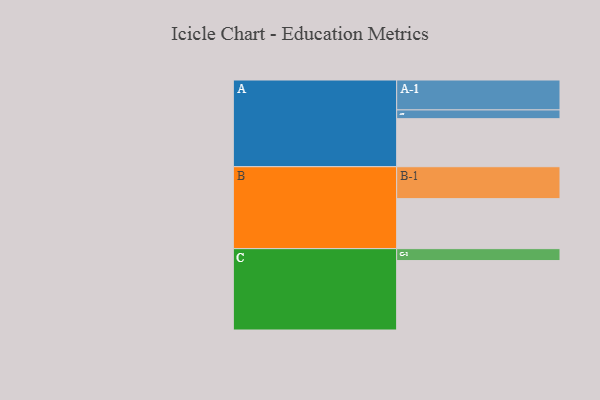
{"axis": {"x": "Segment", "y": "Value"}, "legend": ["", "A", "B", "C"], "data": [{"x": "A", "y": 411, "type": ""}, {"x": "B", "y": 428, "type": ""}, {"x": "C", "y": 594, "type": ""}, {"x": "A-1", "y": 256, "type": "A"}, {"x": "A-2", "y": 75, "type": "A"}, {"x": "B-1", "y": 273, "type": "B"}, {"x": "C-1", "y": 102, "type": "C"}]}